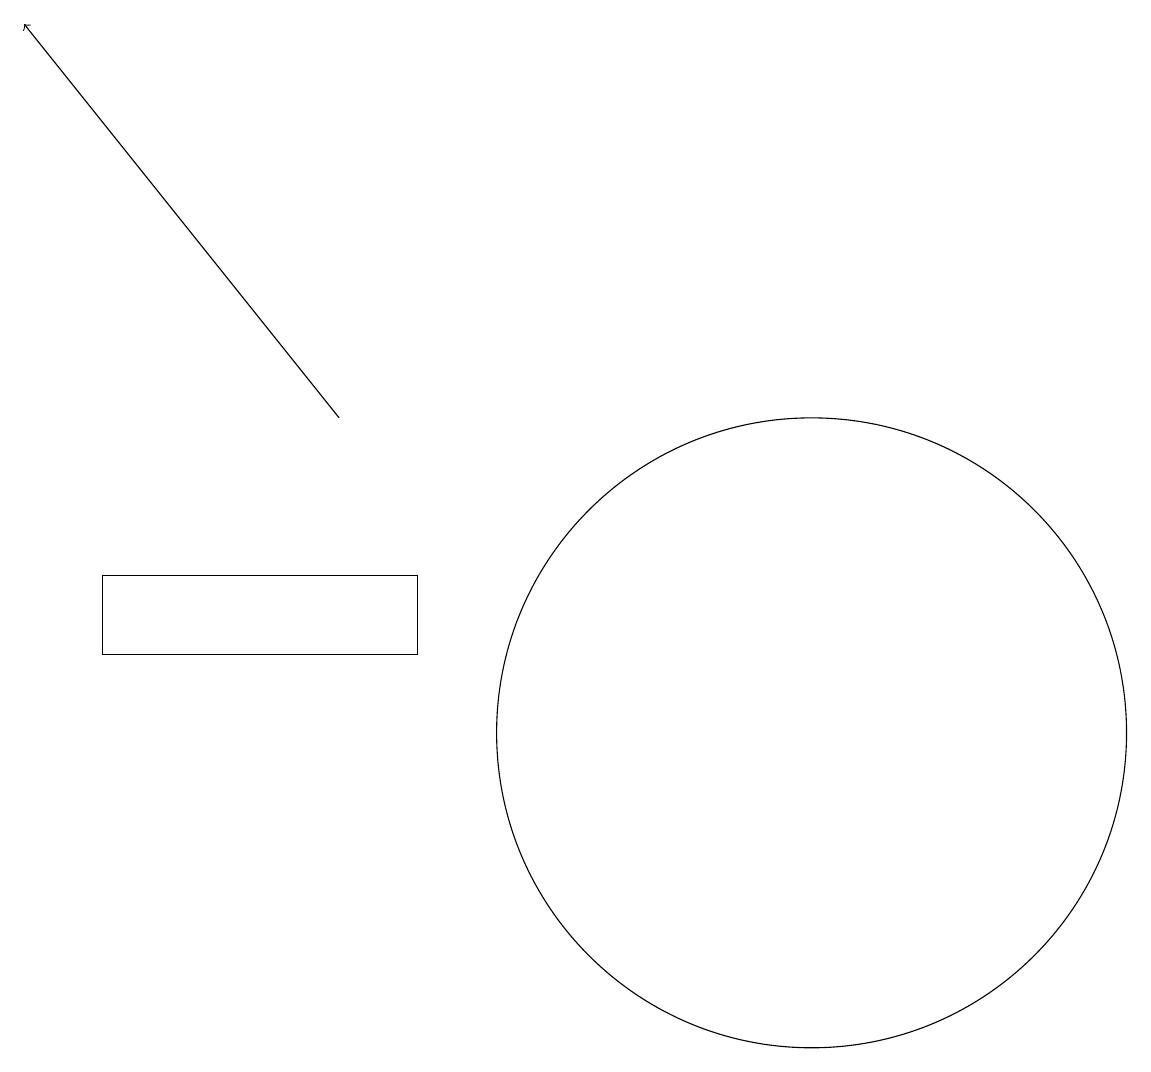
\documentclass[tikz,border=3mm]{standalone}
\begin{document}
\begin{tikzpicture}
\draw (10,10) circle (4);
\draw[->] (4,14) -- (0,19);
\draw (5,11) rectangle (1,12);
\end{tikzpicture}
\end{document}